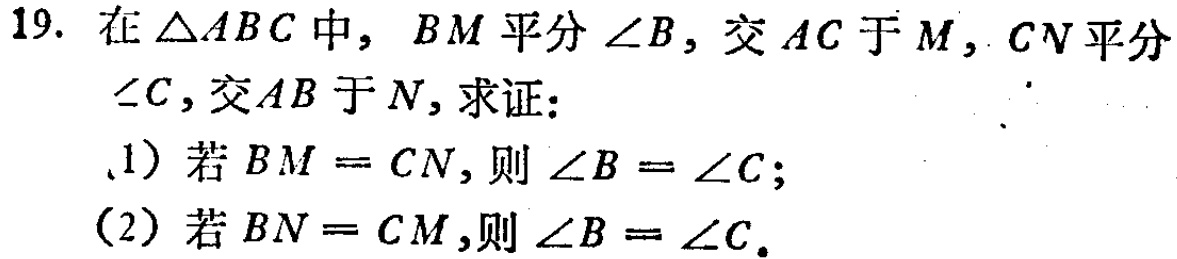
19. 在$\triangle ABC$中，$BM$平分$\angle B$，交$AC$于$M$，$CN$平分$\angle C$，交$AB$于$N$，求证：

(1) 若$BM = CN$，则$\angle B = \angle C$；

(2) 若$BN = CM$，则$\angle B = \angle C$。